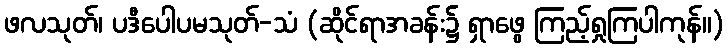
ဖလသုတ်၊ ပဒီပေါပမသုတ်-သံ (ဆိုင်ရာအခန်း၌ ရှာဖွေ ကြည့်ရှုကြပါကုန်။)